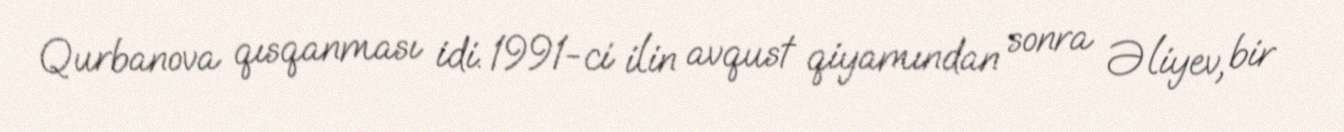
Qurbanova qısqanması idi. 1991-ci ilin avqust qiyamından sonra Əliyev, bir